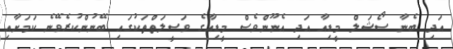
އަދި ބެނާ ސޯޝަލް މީޑިއާ އަދި އެނޫންވެސް މީޑިއާގެ ވަސީލަތްތަކުގައި ބޭނުންކުރެވޭނެ ކަމަށާއި